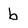
Character: b